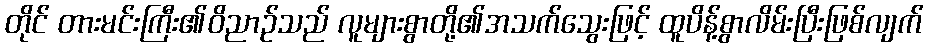
တိုင် တားမင်းကြီး၏ဝိညာဉ်သည် လူများစွာတို့၏အသက်သွေးဖြင့် ထူပိန့်စွာလိမ်းပြီးဖြစ်လျက်